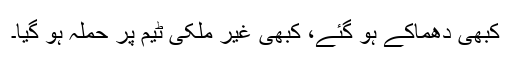
کبھی دھماکے ہو گئے، کبھی غیر ملکی ٹیم پر حملہ ہو گیا۔